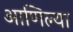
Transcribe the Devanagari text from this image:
आणिल्या